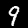
Label: 9